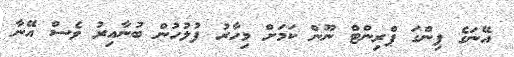
އޭނަގެ ފިންގަ ޕްރިންޓް ނޫން ކަމަށް މިހާރު ފުލުހުން ބުނާއިރު ވެސް އޭނާ